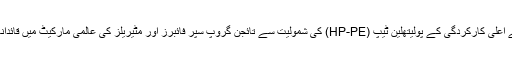
اپنی مصنوعات کے پورٹ فولیو میں نئے اعلیٰ کارکردگی کے پولیتھلین ٹیپ (HP-PE) کی شمولیت سے تائجن گروپ سپر فائبرز اور مٹیریلز کی عالمی مارکیٹ میں قائدانہ کردار کی جانب اگلا قدم بڑھا چکا ہے۔